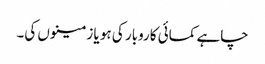
چاہے کمائی کاروبار کی ہو یا زمینوں کی۔